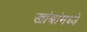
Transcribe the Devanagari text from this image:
खांबांमध्ये